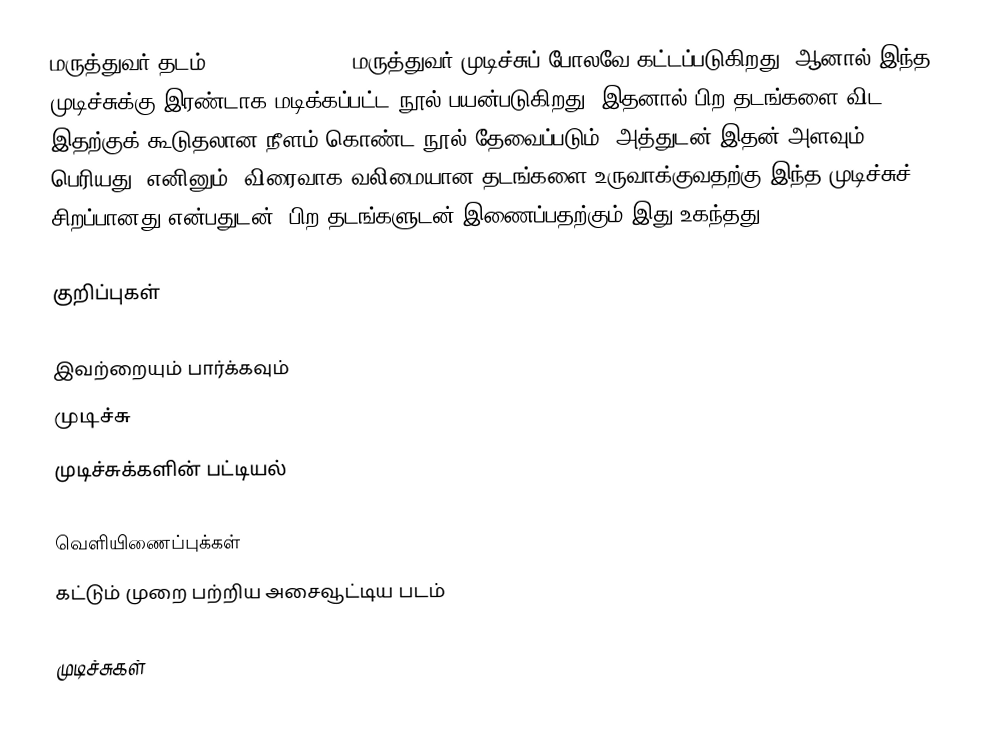
மருத்துவர் தடம் (Surgeon's loop) மருத்துவர் முடிச்சுப் போலவே கட்டப்படுகிறது. ஆனால் இந்த முடிச்சுக்கு இரண்டாக மடிக்கப்பட்ட நூல் பயன்படுகிறது. இதனால் பிற தடங்களை விட இதற்குக் கூடுதலான நீளம் கொண்ட நூல் தேவைப்படும். அத்துடன் இதன் அளவும் பெரியது. எனினும், விரைவாக வலிமையான தடங்களை உருவாக்குவதற்கு இந்த முடிச்சுச் சிறப்பானது என்பதுடன், பிற தடங்களுடன் இணைப்பதற்கும் இது உகந்தது.

குறிப்புகள்

இவற்றையும் பார்க்கவும்
 முடிச்சு
 முடிச்சுக்களின் பட்டியல்

வெளியிணைப்புக்கள்
 கட்டும் முறை பற்றிய அசைவூட்டிய படம்

முடிச்சுகள்